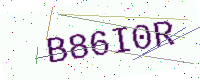
Text: B86I0R